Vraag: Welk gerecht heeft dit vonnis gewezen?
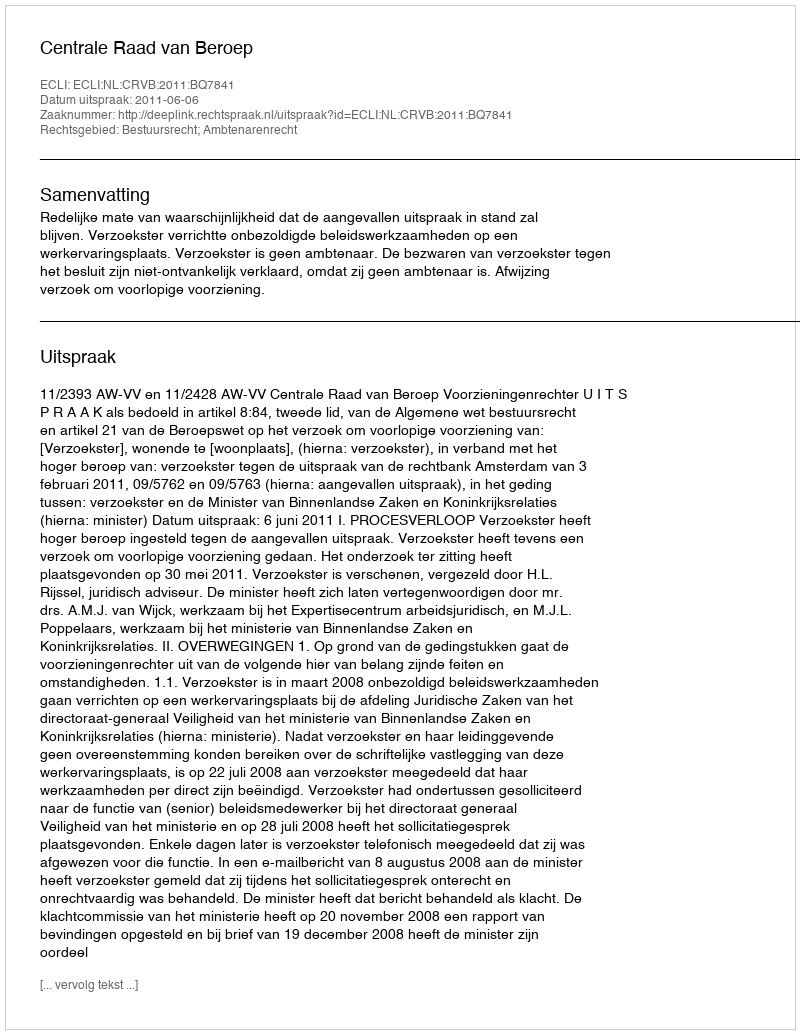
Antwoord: Centrale Raad van Beroep